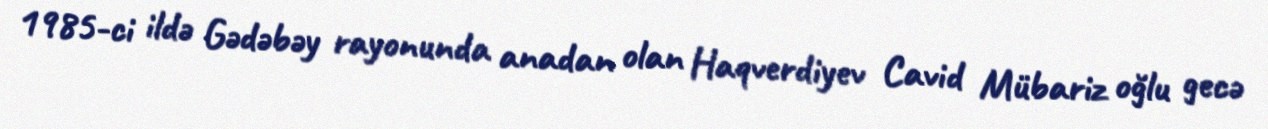
1985-ci ildə Gədəbəy rayonunda anadan olan Haqverdiyev Cavid Mübariz oğlu gecə